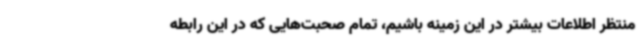
منتظر اطلاعات بیشتر در این زمینه باشیم، تمام صحبت‌هایی که در این رابطه